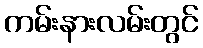
ကမ်းနားလမ်းတွင်